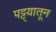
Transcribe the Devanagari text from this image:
पट्ट्यातून